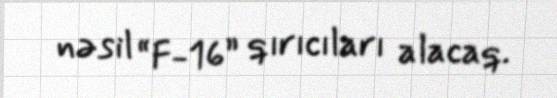
nəsil “F-16” qırıcıları alacaq.